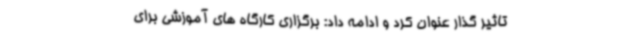
تاثیر گذار عنوان کرد و ادامه داد: برگزاری کارگاه های آموزشی برای